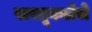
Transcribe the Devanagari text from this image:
वास्तूकलेचे